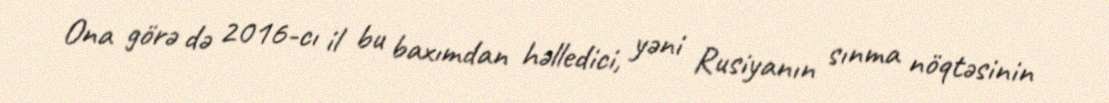
Ona görə də 2016-cı il bu baxımdan həlledici, yəni Rusiyanın sınma nöqtəsinin